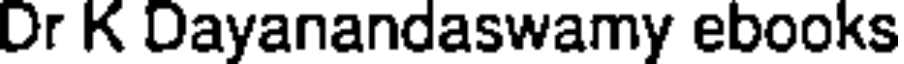
Dr K Dayanandaswamy ebooks